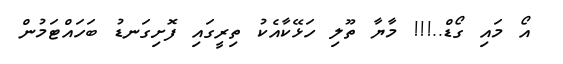
އޯ މައި ގޯޑް..!!! މާޔާ ތޫލި ހަޅޭކާއެކު ތިރީގައި ފޮށިގަނޑު ބަހައްޓަމުން